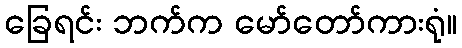
ခြေရင်း ဘက်က မော်တော်ကားရုံ။